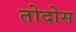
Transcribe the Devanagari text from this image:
तोदोस